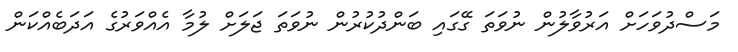
މަސްދުވަހަށް އަރުވާލުން ނުވަތަ ގޭގައި ބަންދުކުރުން ނުވަތަ ޖަލަށް ލުމާ އެއްވަރުގެ އަދަބެއްކަން